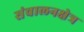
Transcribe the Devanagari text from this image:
संचालनक्षेत्र